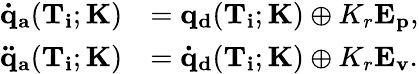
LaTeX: \begin{array}{rl}{\mathbf{\dot{q}_{a}}(\mathbf{T_{i}};\mathbf{K})}&{=\mathbf{q_{d}}(\mathbf{T_{i}};\mathbf{K})\oplus K_{r}\mathbf{E_{p}},}\\ {\mathbf{\ddot{q}_{a}}(\mathbf{T_{i}};\mathbf{K})}&{=\mathbf{\dot{q}_{d}}(\mathbf{T_{i}};\mathbf{K})\oplus K_{r}\mathbf{E_{v}}.}\end{array}